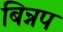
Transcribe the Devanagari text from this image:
बिन्नप